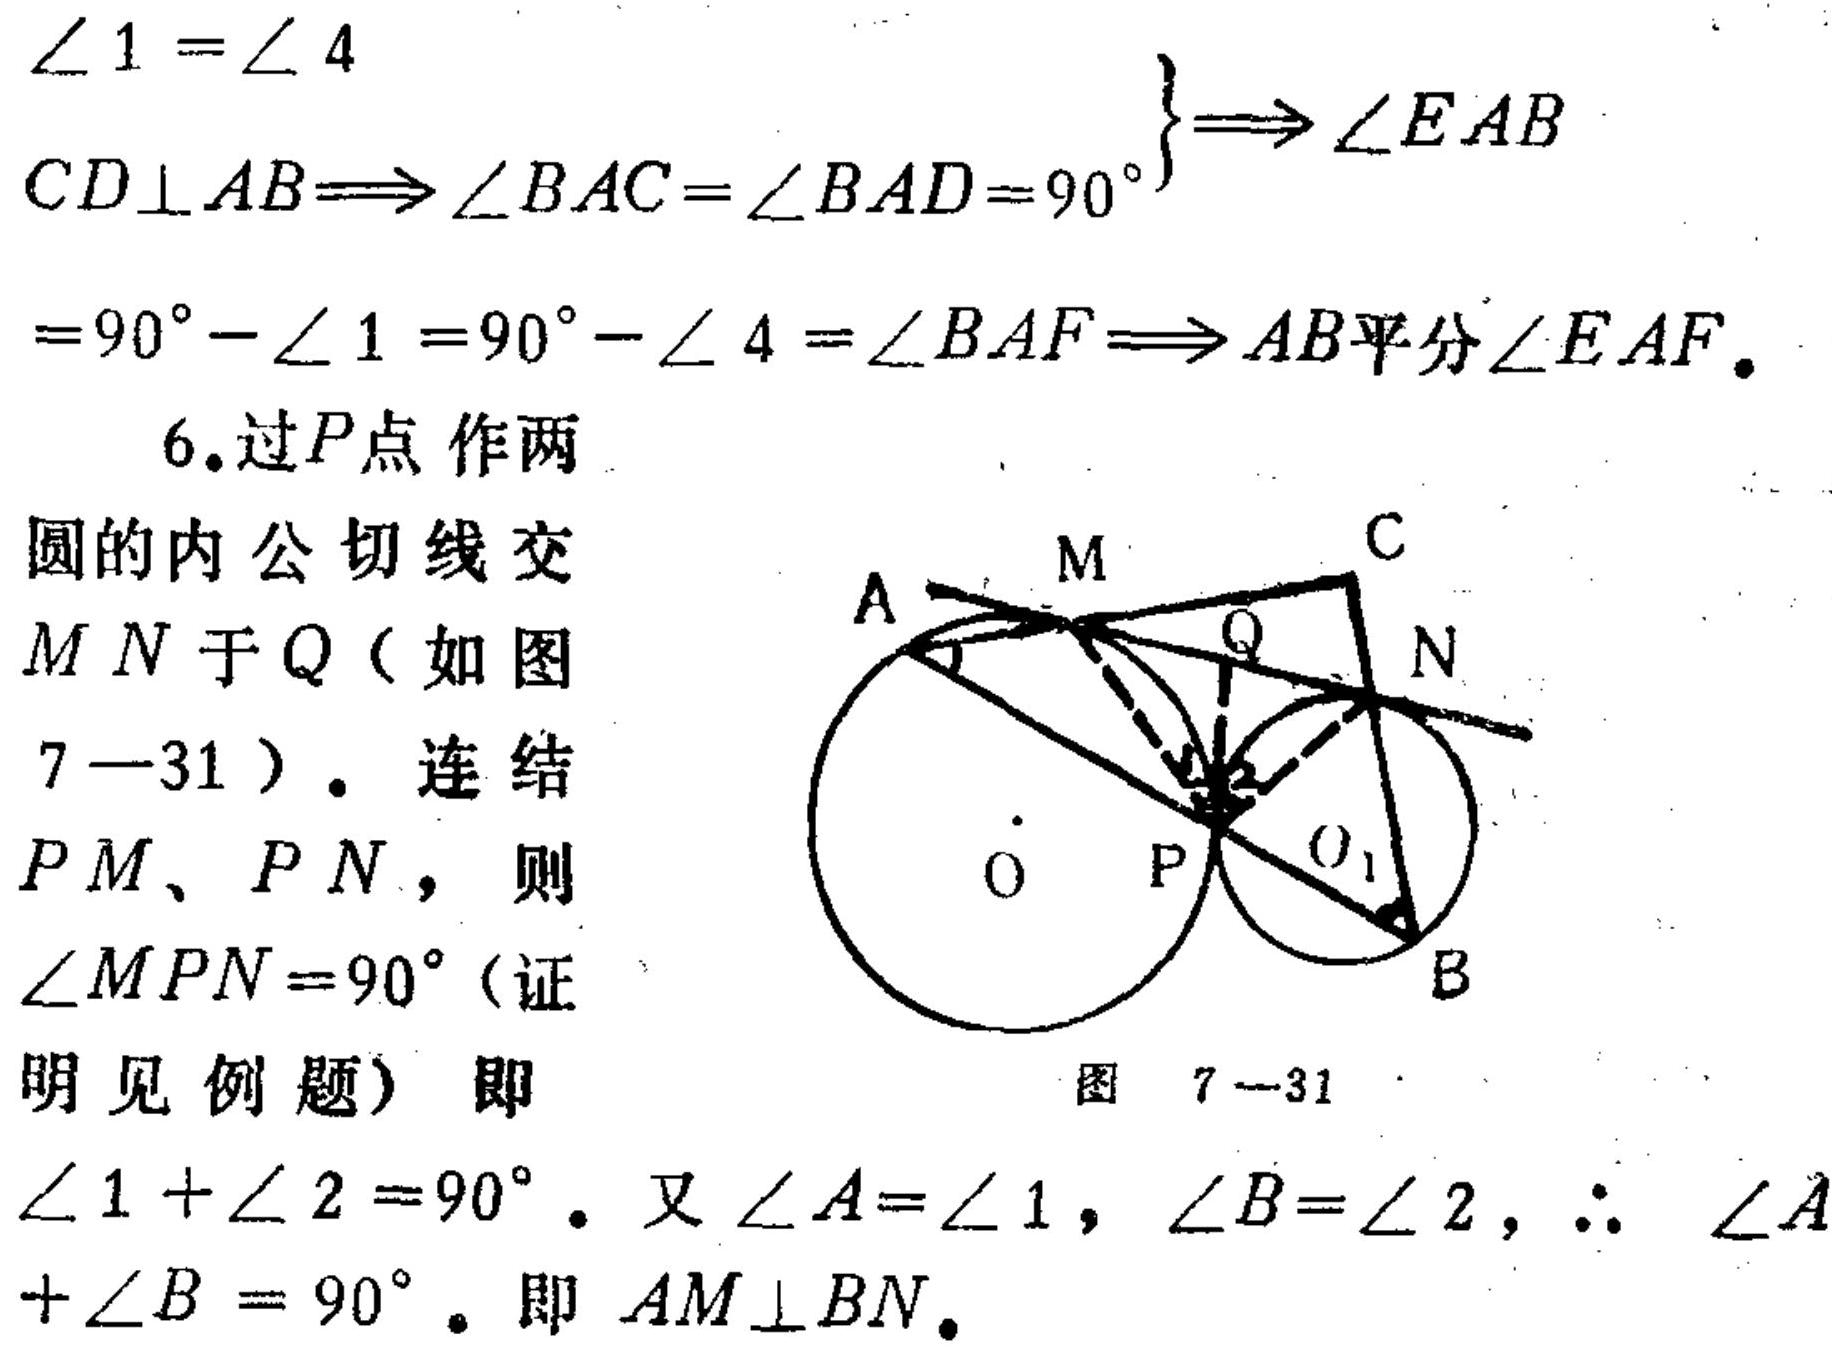
\(\angle 1=\angle 4\)
\(CD\perp AB\Rightarrow\angle BAC = \angle BAD = 90^{\circ}\left.\begin{array}{r}
\\
\end{array}\right\}\Rightarrow\angle EAB\)
\(=90^{\circ}-\angle 1=90^{\circ}-\angle 4=\angle BAF\Rightarrow AB平分\angle EAF.\)
6. 过\(P\)点作两
圆的内公切线交
\(MN\)于\(Q\)（如图
7 - 31）. 连结
\(PM、PN\)，则
\(\angle MPN = 90^{\circ}\)（证
明见例题）即
\(\angle 1+\angle 2 = 90^{\circ}\). 又\(\angle A=\angle 1\)，\(\angle B=\angle 2\)，\(\therefore\) \(\angle A\)
\(+\angle B = 90^{\circ}\). 即 \(AM\perp BN\).